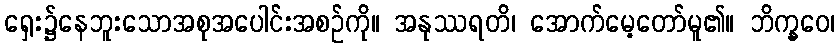
ရှေး၌နေဘူးသောအစုအပေါင်းအစဉ်ကို။ အနုဿရတိ၊ အောက်မေ့တော်မူ၏။ ဘိက္ခဝေ၊